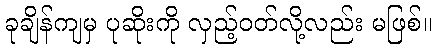
ခုချိန်ကျမှ ပုဆိုးကို လှည့်ဝတ်လို့လည်း မဖြစ်။